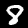
Digit: 8